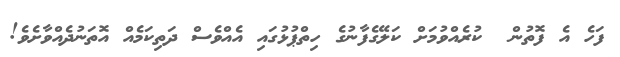
ފަހެ އެ ފޮތުން  ކުރެއްވުމަށް ކަލޭގެފާނުގެ ހިތްޕުޅުގައި އެއްވެސް ދަތިކަމެއް އޮތަނުދެއްވާށެވެ!